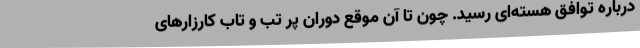
درباره توافق هسته‌ای رسید. چون تا آن موقع دوران پر تب و تاب کارزارهای